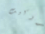
روكيت